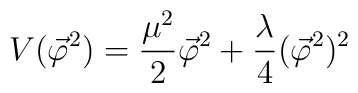
V(\vec\varphi^2) = \frac{\mu^2}{2}\vec\varphi^2 +\frac{\lambda}{4}(\vec\varphi^2)^2